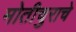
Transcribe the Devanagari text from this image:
मोतीचुराचे